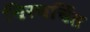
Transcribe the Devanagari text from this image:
चिरचर्चित